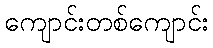
ကျောင်းတစ်ကျောင်း